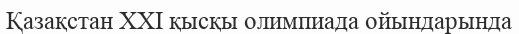
Қазақстан XXI қысқы олимпиада ойындарында